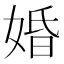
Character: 婚